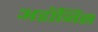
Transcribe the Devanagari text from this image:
अडॉनिस